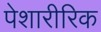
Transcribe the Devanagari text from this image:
पेशारीरिक